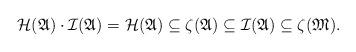
LaTeX: \begin{align*} \mathcal{H}(\mathfrak{A}) \cdot \mathcal I(\mathfrak{A}) = \mathcal{H}(\mathfrak{A}) \subseteq \zeta(\mathfrak{A}) \subseteq \mathcal{I}(\mathfrak{A}) \subseteq \zeta(\mathfrak{M}).\end{align*}